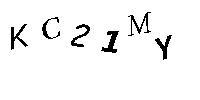
KC21MY